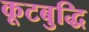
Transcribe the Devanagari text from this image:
कूटबुद्धि